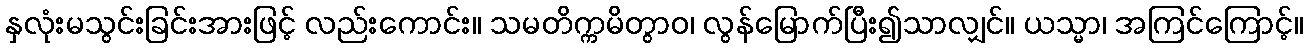
နှလုံးမသွင်းခြင်းအားဖြင့် လည်းကောင်း။ သမတိက္ကမိတွာဝ၊ လွန်မြောက်ပြီး၍သာလျှင်။ ယသ္မာ၊ အကြင်ကြောင့်။